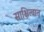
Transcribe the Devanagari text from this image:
साक्षित्वात्